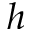
h